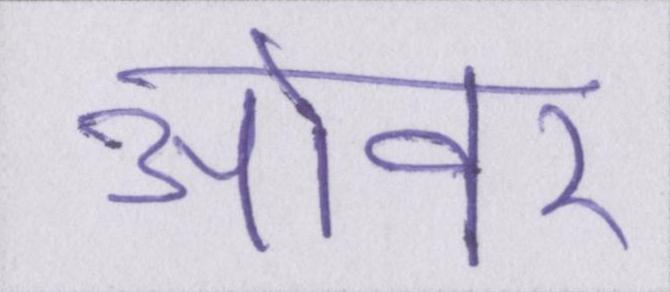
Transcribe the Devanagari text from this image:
ओवर